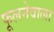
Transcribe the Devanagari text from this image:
फूलनेवाला